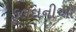
ફૂલદાનીઓ